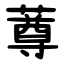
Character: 䔿